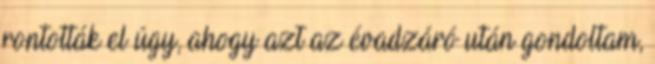
rontották el úgy, ahogy azt az évadzáró után gondoltam,